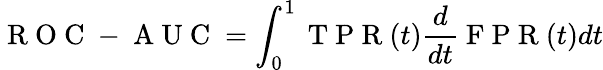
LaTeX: \mathrm{~R~O~C~-~A~U~C~}=\int_{0}^{1}\mathrm{~T~P~R~}(t)\frac{d}{dt}\mathrm{~F~P~R~}(t)dt